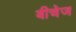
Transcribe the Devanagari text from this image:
बीचेज